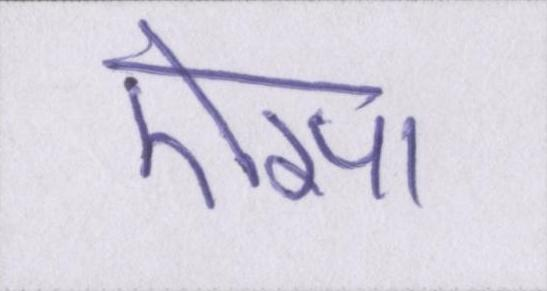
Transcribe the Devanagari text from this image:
ऎसा